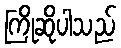
ကြိုဆိုပါသည်